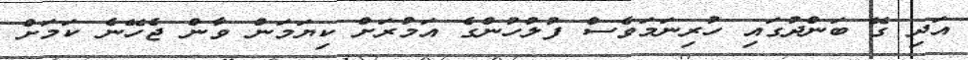
އަދި ގޭ ބަންދުގައި ހުރިނަމަވެސް ފުލުހުންގެ އަމުރަށް ކިޔަމަން ވާން ޖެހޭނެ ކަމަށް